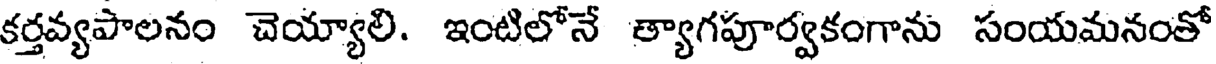
కర్తవ్యపాలనం చెయ్యాలి. ఇంటిలోనే త్యాగపూర్వకంగాను సంయమనంతో